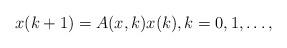
LaTeX: \begin{align*}x(k+1)=A(x,k)x(k),k=0,1,\dots,\end{align*}